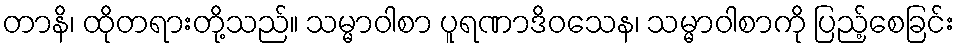
တာနိ၊ ထိုတရားတို့သည်။ သမ္မာဝါစာ ပူရဏာဒိဝသေန၊ သမ္မာဝါစာကို ပြည့်စေခြင်း